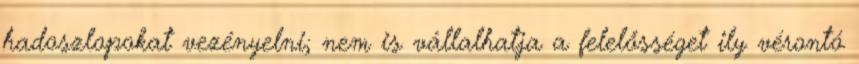
hadoszlopokat vezényelni; nem is vállalhatja a felelősséget ily vérontó